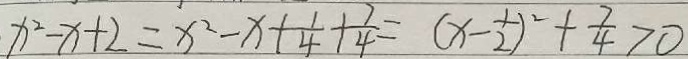
x ^ { 2 } - x + 2 = x ^ { 2 } - x + \frac { 1 } { 4 } + \frac { 7 } { 4 } = ( x - \frac { 1 } { 2 } ) ^ { 2 } + \frac { 7 } { 4 } > 0